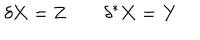
\delta \mathbf { X } = \mathbf { Z } \qquad \delta ^ { * } \mathbf { X } = \mathbf { Y }